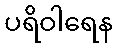
ပရိဝါရေန